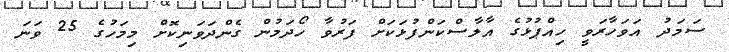
ސަމަދު އަވަހާރަވީ ހިއްޕުޅުގެ އާލާސްކަންފުޅަކަށް ފަރުވާ ހޯދަމުން ގެންދަވަނިކޮށް މިމަހުގެ 25 ވަނަ